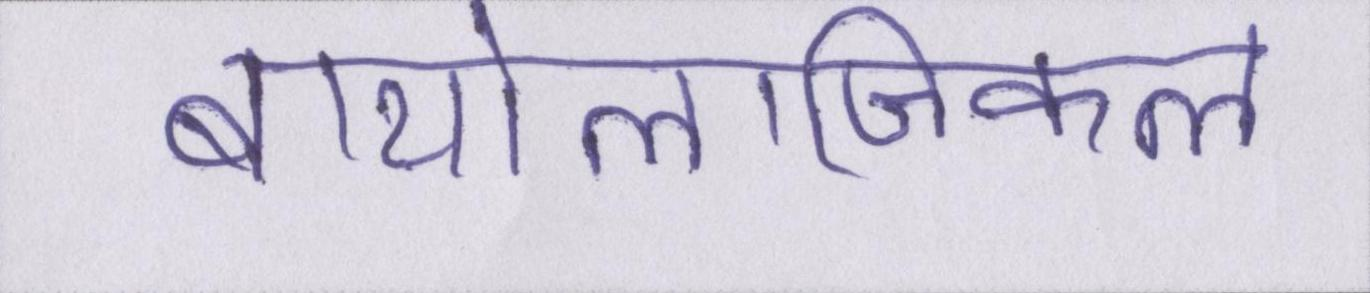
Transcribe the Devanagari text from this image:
बायोलॉजिकल